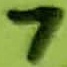
Text: 7